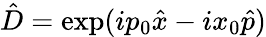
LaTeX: \hat{D}=\exp(ip_{0}\hat{x}-ix_{0}\hat{p})